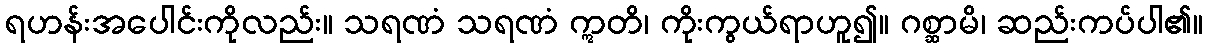
ရဟန်းအပေါင်းကိုလည်း။ သရဏံ သရဏံ ဣတိ၊ ကိုးကွယ်ရာဟူ၍။ ဂစ္ဆာမိ၊ ဆည်းကပ်ပါ၏။